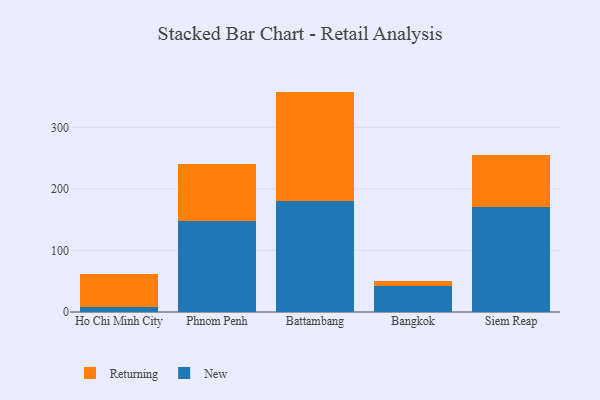
{"axis": {"x": "City", "y": "Energy Usage (MWh)"}, "legend": ["New", "Returning"], "data": [{"x": "Ho Chi Minh City", "y": 7.7, "type": "New"}, {"x": "Ho Chi Minh City", "y": 54.3, "type": "Returning"}, {"x": "Phnom Penh", "y": 148.4, "type": "New"}, {"x": "Phnom Penh", "y": 92.4, "type": "Returning"}, {"x": "Battambang", "y": 179.7, "type": "New"}, {"x": "Battambang", "y": 178.4, "type": "Returning"}, {"x": "Bangkok", "y": 42.1, "type": "New"}, {"x": "Bangkok", "y": 7.7, "type": "Returning"}, {"x": "Siem Reap", "y": 169.9, "type": "New"}, {"x": "Siem Reap", "y": 84.4, "type": "Returning"}]}